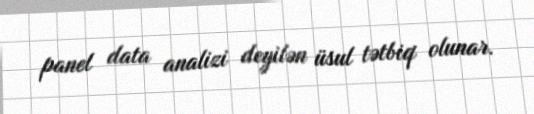
panel data analizi deyilən üsul tətbiq olunar.